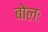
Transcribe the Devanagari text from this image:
बोलः